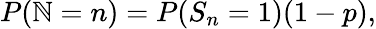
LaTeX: P(\mathbb{N}=n)=P(S_{n}=1)(1-p),